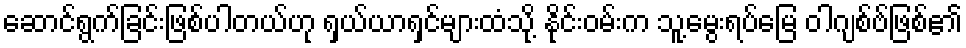
ဆောင်ရွက်ခြင်းဖြစ်ပါတယ်ဟု ရှယ်ယာရှင်များထံသို့ နိုင်းဝမ်းက သူ့မွေးရပ်မြေ ဝါဂျစ်ဗ်ဖြစ်၏